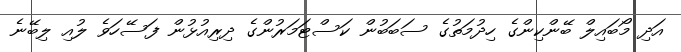
އަދި މޯބައިލް ބޭންކިންގެ ހިދުމަތުގެ ސަބަބުން ކަސްޓަމަރުންގެ ދިރިއުޅުން ފަސޭހަވެ ލުއި ލިބޭނެ